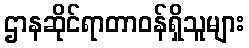
ဌာနဆိုင်ရာတာဝန်ရှိသူများ